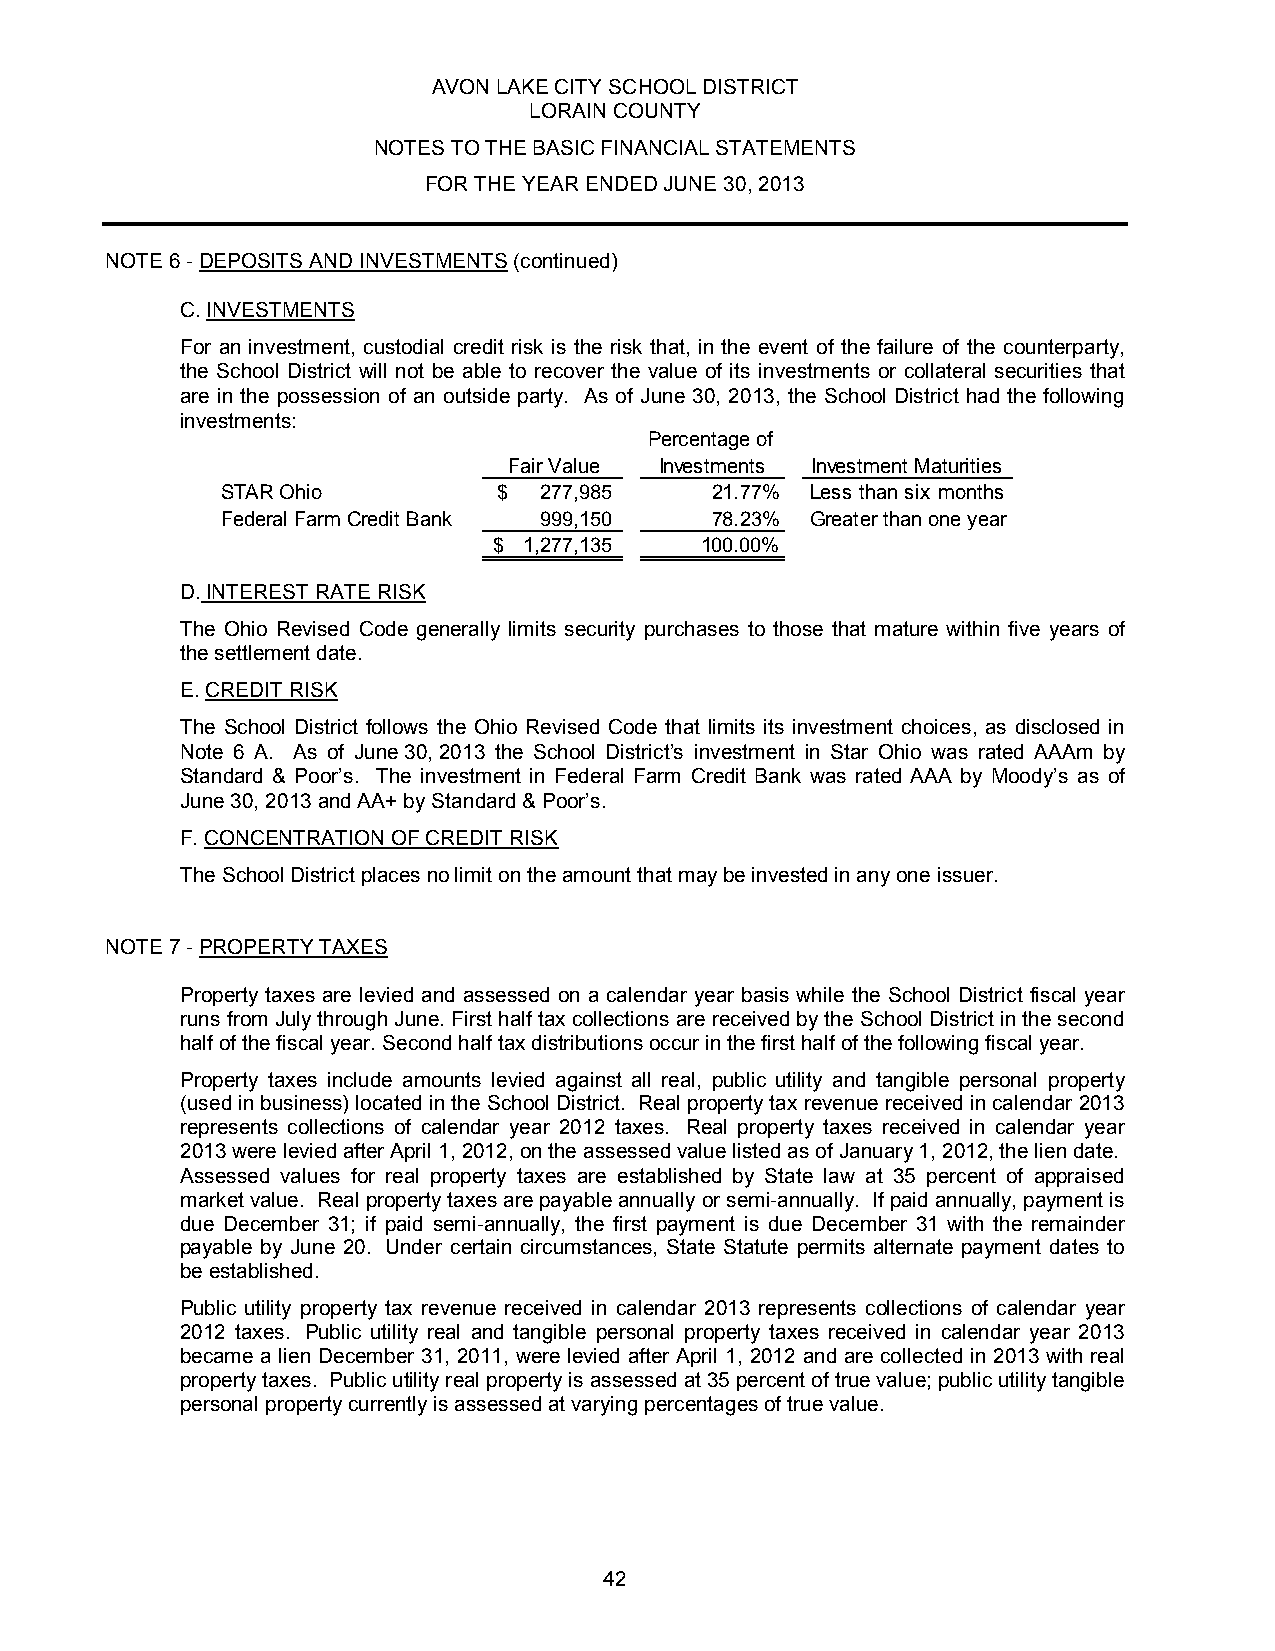
AVON LAKE CITY SCHOOL DISTRICT
 LORAIN COUNTY
 NOTES TO THE BASIC FINANCIAL STATEMENTS
 FOR THE YEAR ENDED JUNE 30, 2013
 NOTE 6 - DEPOSITS AND INVESTMENTS (continued)
 C. INVESTMENTS
 For an investment, custodial credit risk is the risk that, in the event of the failure of the counterparty,
 the School District will not be able to recover the value of its investments or collateral securities that
 are in the possession of an outside party. As of June 30, 2013, the School District had the following
 investments:
 Percentage of
 Fair Value Investments Investment Maturities
 STAR Ohio         $  277,985    21.77% Less than six months
 Federal Farm Credit Bank 999,150 78.23% Greater than one year
 $ 1 ,277,135 100.00%
 D. INTEREST RATE RISK
 The Ohio Revised Code generally limits security purchases to those that mature within five years of
 the settlement date.
 E. CREDIT RISK
 The School District follows the Ohio Revised Code that limits its investment choices, as disclosed in
 Note 6 A. As of June 30, 2013 the School District’s investment in Star Ohio was rated AAAm by
 Standard & Poor’s. The investment in Federal Farm Credit Bank was rated AAA by Moody’s as of
 June 30, 2013 and AA+ by Standard & Poor’s.
 F. CONCENTRATION OF CREDIT RISK
 The School District places no limit on the amount that may be invested in any one issuer.
 NOTE 7 - PROPERTY TAXES
 Property taxes are levied and assessed on a calendar year basis while the School District fiscal year
 runs from July through June. First half tax collections are received by the School District in the second
 half of the fiscal year. Second half tax distributions occur in the first half of the following fiscal year.
 Property taxes include amounts levied against all real, public utility and tangible personal property
 (used in business) located in the School District. Real property tax revenue received in calendar 2013
 represents collections of calendar year 2012 taxes. Real property taxes received in calendar year
 2013 were levied after April 1, 2012, on the assessed value listed as of January 1, 2012, the lien date.
 Assessed values for real property taxes are established by State law at 35 percent of appraised
 market value. Real property taxes are payable annually or semi-annually. If paid annually, payment is
 due December 31; if paid semi-annually, the first payment is due December 31 with the remainder
 payable by June 20. Under certain circumstances, State Statute permits alternate payment dates to
 be established.
 Public utility property tax revenue received in calendar 2013 represents collections of calendar year
 2012 taxes. Public utility real and tangible personal property taxes received in calendar year 2013
 became a lien December 31, 2011, were levied after April 1, 2012 and are collected in 2013 with real
 property taxes. Public utility real property is assessed at 35 percent of true value; public utility tangible
 personal property currently is assessed at varying percentages of true value.
 42